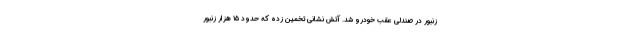
زنبور در صندلی عقب خودرو شد. آتش نشانی تخمین زده که حدود ۱۵ هزار زنبور